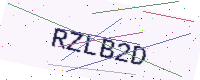
Text: RZLB2D